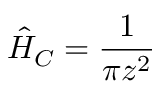
\hat { H } _ { C } = \frac { 1 } { \pi z ^ { 2 } }